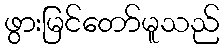
ဖွားမြင်တော်မူသည်